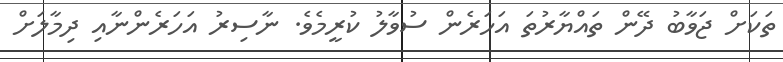
ތަކަށް ޖަވާބު ދޭން ތައްޔާރުތަ އަހަރެން ސުވާލު ކުރީމެވެ. ނާސިރު އަހަރެންނާއި ދިމާލަށް